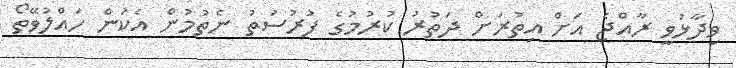
ވިދާޅުވީ ރާއްޖެ އަށް އިތުރަށް ދަތުރު ކުރުމުގެ ފުރުސަތު ނެތުމުން އެކަން ހައްލުވޭތޯ